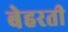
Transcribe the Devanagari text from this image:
बेहरती